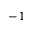
- 1